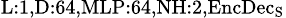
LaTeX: _{\textrm{L}:1,\textrm{D}:64,\textrm{MLP}:64,\textrm{NH}:2,\textrm{EncDec}_{\textrm{S}}}